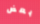
بعض